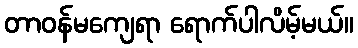
တာဝန်မကျေရာ ရောက်ပါလိမ့်မယ်။